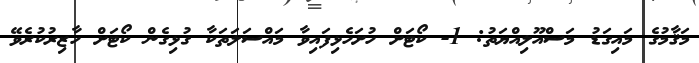
މަޤާމުގެ މައިގަޑު މަސްއޫލިއްޔަތު: 1- ކޯޓަށް ހުށަހެޅިފައިވާ މައްސަލަތަކާ ގުޅިގެން ކޯޓަށް ހާޒިރުކުރެވޭ